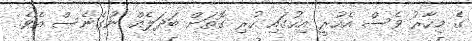
ގެ މިހާރު ވެސް އެހުރީ އިހުގައި ހުރި ގޮތަށް ބަދަލެއް ނުގެނެސް އެވެ.